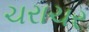
ચરાચર